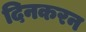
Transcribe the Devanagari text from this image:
दिनकरन